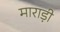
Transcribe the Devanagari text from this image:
माराड़ी